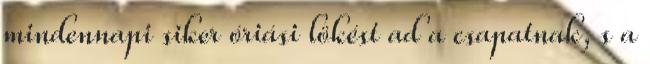
mindennapi siker óriási lökést ad a csapatnak, s a